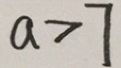
a > 7